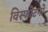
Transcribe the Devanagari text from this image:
विस्फोटनों